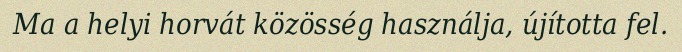
Ma a helyi horvát közösség használja, újította fel.